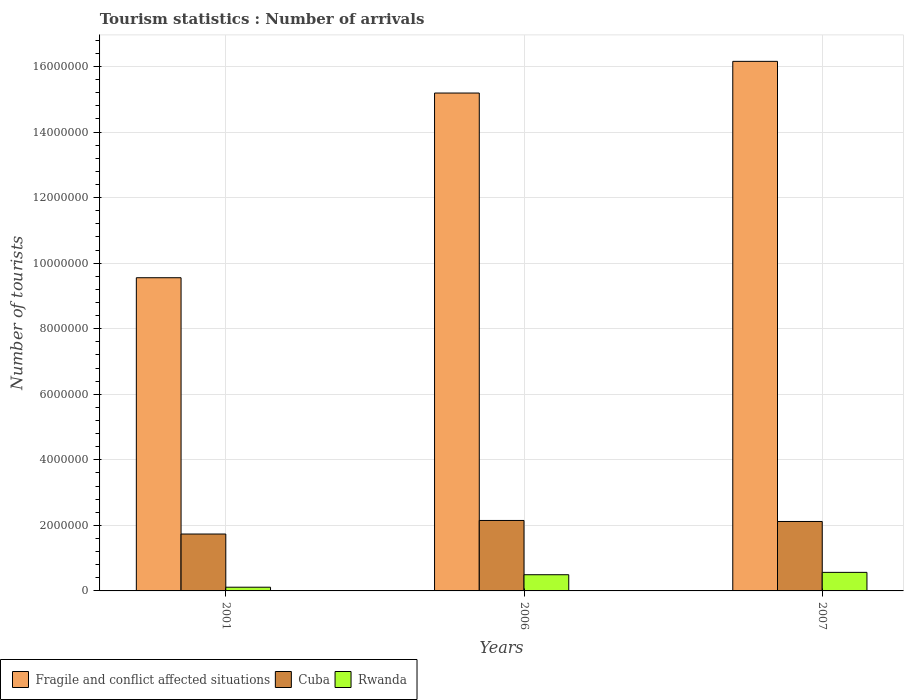
| Years | Fragile and conflict affected situations | Cuba | Rwanda |
 | --- | --- | --- | --- |
 | 2001 | 9.56e+06 | 1.74e+06 | 1.13e+05 |
 | 2006 | 1.52e+07 | 2.15e+06 | 4.94e+05 |
 | 2007 | 1.62e+07 | 2.12e+06 | 5.66e+05 |